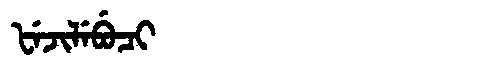
Manchu: ᡶᡝᠵᡳᠯᡝᠪᡠᠴᡳ
Romanization: FEJILEBUCI